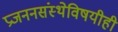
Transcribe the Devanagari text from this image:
प्रजननसंस्थेविषयीही